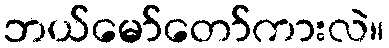
ဘယ်မော်တော်ကားလဲ။